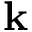
\mathbf k